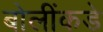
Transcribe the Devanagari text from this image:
बोलींकडे